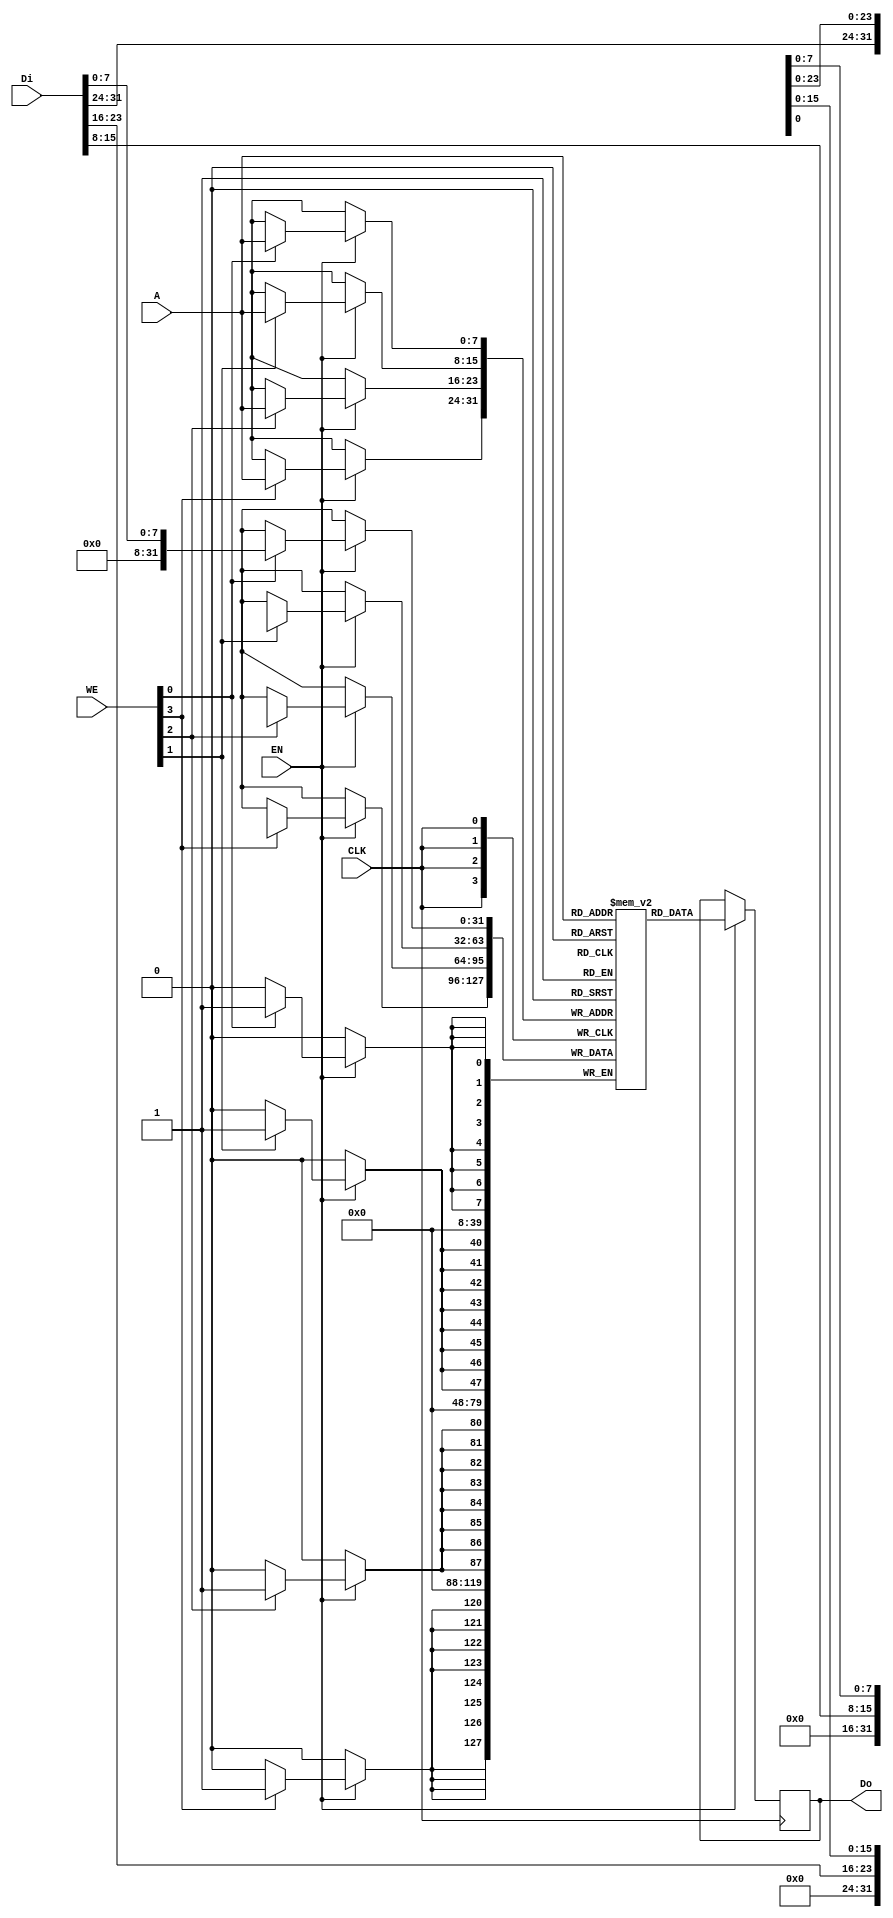
// SPDX-FileCopyrightText: 2020 Efabless Corporation
//
// Licensed under the Apache License, Version 2.0 (the "License");
// you may not use this file except in compliance with the License.
// You may obtain a copy of the License at
//
//      http://www.apache.org/licenses/LICENSE-2.0
//
// Unless required by applicable law or agreed to in writing, software
// distributed under the License is distributed on an "AS IS" BASIS,
// WITHOUT WARRANTIES OR CONDITIONS OF ANY KIND, either express or implied.
// See the License for the specific language governing permissions and
// limitations under the License.
// SPDX-License-Identifier: Apache-2.0

`default_nettype none
`ifndef USE_CUSTOM_DFFRAM

module DFFRAM(
`ifdef USE_POWER_PINS
    input VPWR,
    input VGND,
`endif
    input CLK,
    input [3:0] WE,
    input EN,
    input [31:0] Di,
    output reg [31:0] Do,
    input [7:0] A
);
  
localparam MEM_WORDS = 2**8;

reg [31:0] mem [0:MEM_WORDS-1];

always @(posedge CLK) begin
    if (EN == 1'b1) begin
        Do <= mem[A];
        if (WE[0]) mem[A][ 7: 0] <= Di[ 7: 0];
        if (WE[1]) mem[A][15: 8] <= Di[15: 8];
        if (WE[2]) mem[A][23:16] <= Di[23:16];
        if (WE[3]) mem[A][31:24] <= Di[31:24];
    end
end
endmodule

`else

module DFFRAM #( parameter COLS=1)
(
`ifdef USE_POWER_PINS
    VPWR,
    VGND,
`endif
    CLK,
    WE,
    EN,
    Di,
    Do,
    A
);

    input           CLK;
    input   [3:0]   WE;
    input           EN;
    input   [31:0]  Di;
    output  [31:0]  Do;
    input   [7+$clog2(COLS):0]   A;

`ifdef USE_POWER_PINS
    input VPWR;
    input VGND;
`endif

    wire [31:0]     DOUT [COLS-1:0];
    wire [31:0]     Do_pre;
    wire [COLS-1:0] EN_lines;

    generate
        genvar i;
        for (i=0; i<COLS; i=i+1) begin : COLUMN
            DFFRAM_COL4 RAMCOLS (
                                `ifdef USE_POWER_PINS
                                    .VPWR(VPWR),
                                    .VGND(VGND),
                                `endif
                                    .CLK(CLK), 
                                    .WE(WE), 
                                    .EN(EN_lines[i]), 
                                    .Di(Di), 
                                    .Do(DOUT[i]), 
                                    .A(A[7:0]) 
                                );    
        end
        if(COLS==4) begin
            MUX4x1_32 MUX ( 
            `ifdef USE_POWER_PINS
                .VPWR(VPWR),
                .VGND(VGND),
            `endif
                .A0(DOUT[0]),
                .A1(DOUT[1]),
                .A2(DOUT[2]),
                .A3(DOUT[3]),
                .S(A[9:8]),
                .X(Do_pre)
            );
            DEC2x4 DEC (
            `ifdef USE_POWER_PINS
                .VPWR(VPWR),
                .VGND(VGND),
            `endif 
                .EN(EN),
                .A(A[9:8]),
                .SEL(EN_lines)
            );
        end
        else if(COLS==2) begin
            MUX2x1_32 MUX ( 
            `ifdef USE_POWER_PINS
                .VPWR(VPWR),
                .VGND(VGND),
            `endif 
                .A0(DOUT[0]),
                .A1(DOUT[1]),
                .S(A[8]),
                .X(Do_pre)
            );
            //sky130_fd_sc_hd__inv_4 DEC0 ( .Y(EN_lines[0]), .A(A[8]) );
            //sky130_fd_sc_hd__clkbuf_4 DEC1 (.X(EN_lines[1]), .A(A[8]) );
            DEC1x2 DEC ( 
            `ifdef USE_POWER_PINS
                .VPWR(VPWR),
                .VGND(VGND),
            `endif 
                .EN(EN),
                .A(A[8]),
                .SEL(EN_lines[1:0]) 
            );
            
        end
        else begin
            PASS MUX ( 
            `ifdef USE_POWER_PINS
                .VPWR(VPWR),
                .VGND(VGND),
            `endif 
                .A(DOUT[0]),
                .X(Do_pre)
            );
            sky130_fd_sc_hd__clkbuf_4 ENBUF (
           `ifdef USE_POWER_PINS
                .VPWR(VPWR),
                .VGND(VGND),
                .VPB(VPWR),
                .VNB(VGND),
            `endif 
                .X(EN_lines[0]),
                .A(EN)
            );
        end
    endgenerate
    
    sky130_fd_sc_hd__clkbuf_4 DOBUF[31:0] (
    `ifdef USE_POWER_PINS
        .VPWR(VPWR),
        .VGND(VGND),
        .VPB(VPWR),
        .VNB(VGND),
    `endif 
        .X(Do),
        .A(Do_pre)
    );

endmodule

`endif